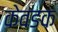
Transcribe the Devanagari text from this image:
केवडक